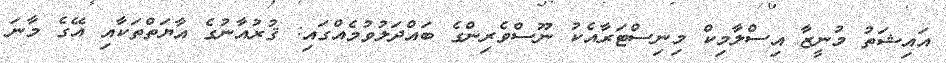
އައިޝަތު މުނީޒާ އިސްލާމިކް މިނިސްޓަރާއެކު ނޫސްވެރިންގެ ބައްދަލުވުމެއްގައި: ޤުރުއާނުގެ އާޔަތްތަކާއި އޭގެ މާނަ